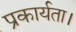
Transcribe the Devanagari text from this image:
प्रकार्यता।